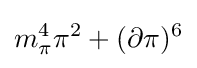
m_{\pi }^{4}\pi ^{2}+(\partial \pi )^{6}